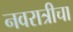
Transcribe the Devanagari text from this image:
नवरात्रीचा